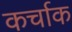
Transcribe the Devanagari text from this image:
कर्चाक